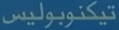
تيكنوبوليس